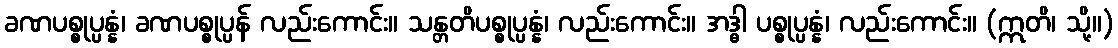
ခဏပစ္စုပ္ပန္နံ၊ ခဏပစ္စုပ္ပန် လည်းကောင်း။ သန္တတိပစ္စုပ္ပန္နံ၊ လည်းကောင်း။ အဒ္ဓါ ပစ္စုပ္ပန္နံ၊ လည်းကောင်း။ (ဣတိ၊ သို့။)